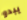
يبدو